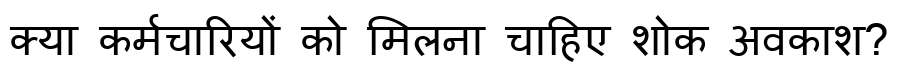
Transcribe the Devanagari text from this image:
क्या कर्मचारियों को मिलना चाहिए शोक अवकाश?